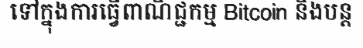
ទៅក្នុងការធ្វើពាណិជ្ជកម្ម Bitcoin និងបន្ត